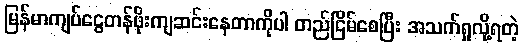
မြန်မာကျပ်ငွေတန်ဖိုးကျဆင်းနေတာကိုပါ တည်ငြိမ်စေပြီး အသက်ရှုလို့ရတဲ့